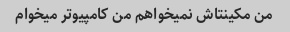
من مکینتاش نمیخواهم من کامپیوتر میخوام